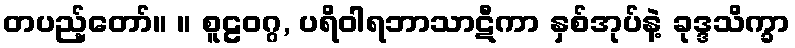
တပည့်တော်။ ။ စူဠဝဂ္ဂ, ပရိဝါရဘာသာဋီကာ နှစ်အုပ်နဲ့ ခုဒ္ဒသိက္ခာ